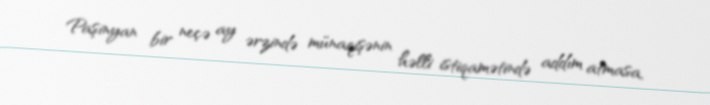
Paşinyan bir neçə ay ərzində münaqişənin həlli istiqamətində addım atmasa,